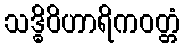
သဒ္ဓိဝိဟာရိကဝတ္တံ